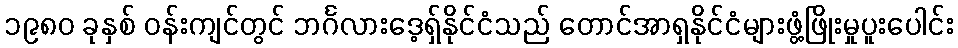
၁၉၈၀ ခုနှစ် ဝန်းကျင်တွင် ဘင်္ဂလားဒေ့ရှ်နိုင်ငံသည် တောင်အာရှနိုင်ငံများဖွံ့ဖြိုးမှုပူးပေါင်း